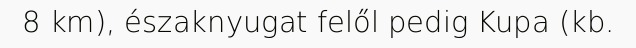
8 km), északnyugat felől pedig Kupa (kb.